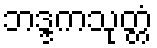
ဘဒ္ဒကသုတ္တံ